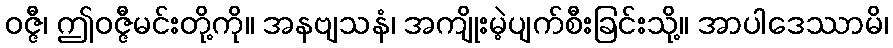
ဝဇ္ဇီ၊ ဤဝဇ္ဇီမင်းတို့ကို။ အနဗျသနံ၊ အကျိုးမဲ့ပျက်စီးခြင်းသို့။ အာပါဒေဿာမိ၊